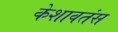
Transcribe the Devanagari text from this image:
केशावतंस